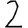
Digit: 2